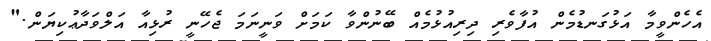
އެހެންވީމާ އަޅުގަނޑުމެން އުފާވެރި ދިރިއުޅުމެއް ބޭނުންވާ ކަމަށް ވަނީނަމަ ޖެހޭނީ ރުޅިއާ އަލްވަދާޢުކިޔަން."